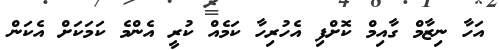
އަހާ ނިޒާމް ގާއިމް ކޮށްފި އެހުރިހާ ކަމެއް ކުރީ އެންމެ ކަމަކަށް އެކަން